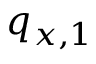
q _ { x , 1 }